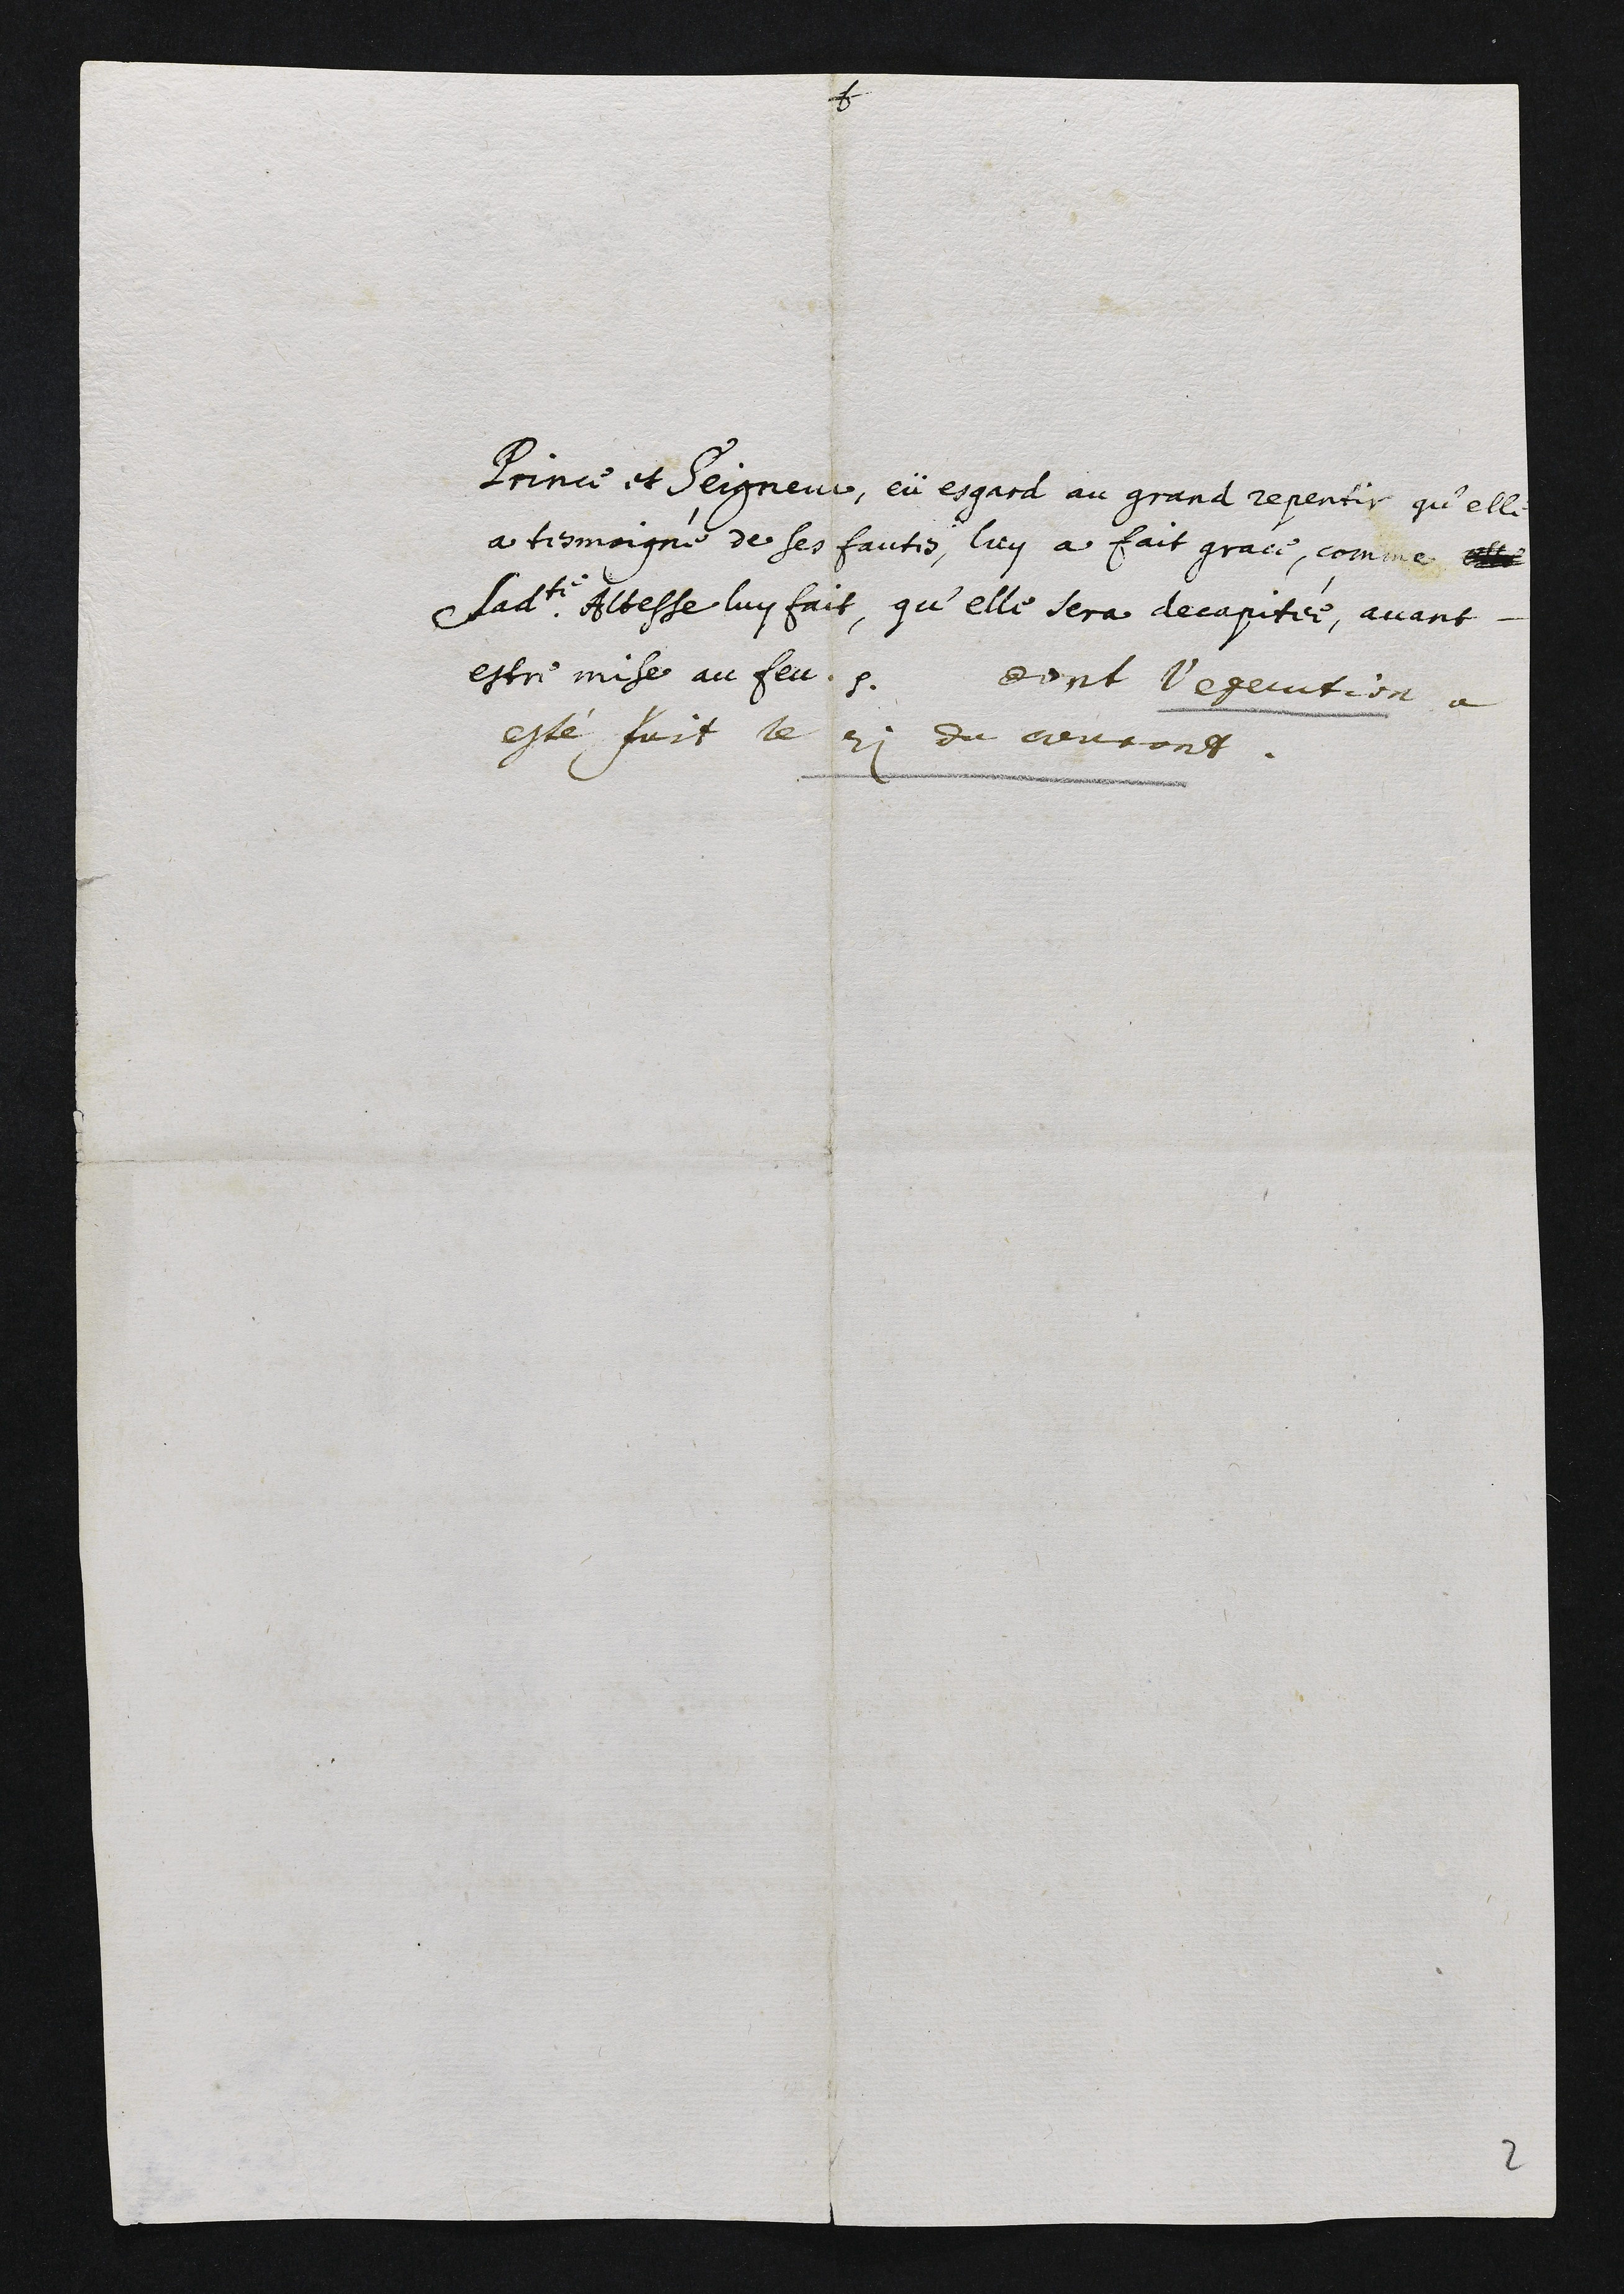
Prince et Seigneur, en esgard au grand repentir qu’elle
à tesmoigne de ses fautes, luy a fait grace, comme e
ladite Aitesse luy fait, qu’elle sera decapitée, avant
estre mise au feu. dent d’execution a
esté pait le 21 du cevcong.